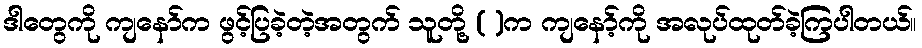
ဒါတွေကို ကျနော်က ဖွင့်ပြခဲ့တဲ့အတွက် သူတို့ ( )က ကျနော့်ကို အလုပ်ထုတ်ခဲ့ကြပါတယ်။